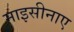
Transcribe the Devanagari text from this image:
माइसीनाए